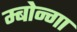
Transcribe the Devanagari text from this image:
म्बोन्गा